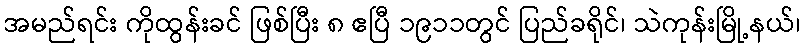
အမည်ရင်း ကိုထွန်းခင် ဖြစ်ပြီး ၈ ဧပြီ ၁၉၁၁တွင် ပြည်ခရိုင်၊ သဲကုန်းမြို့နယ်၊